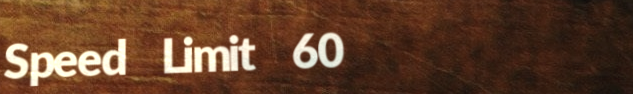
Speed Limit 60